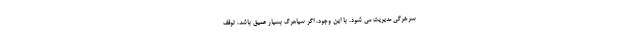
سرخرگی مدیریت می شود. با این وجود، اگر سیاهرگ بسیار عمیق باشد، توقف